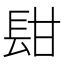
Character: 𨱫